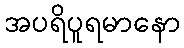
အပရိပူရမာနော